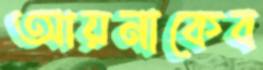
আয়নাকেব